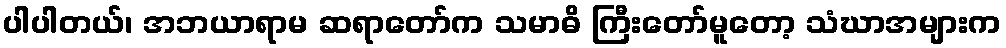
ပါပါတယ်၊ အဘယာရာမ ဆရာတော်က သမာဓိ ကြီးတော်မူတော့ သံဃာအများက